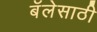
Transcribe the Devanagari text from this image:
बॅलेसाठी